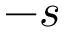
- s